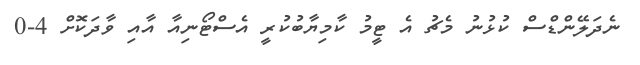
ނެދަލޭންޑްސް ކުޅުނު މެޗު އެ ޓީމު ކާމިޔާބުކުރީ އެސްޓޯނިއާ އާއި ވާދަކޮށް 4-0